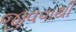
જીવવાથી